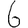
Digit: 6